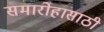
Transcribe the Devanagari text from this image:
समारोहासाठी